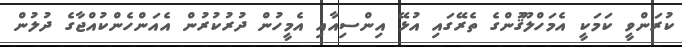
ކުރަންވީ ކަމަކީ އެމަހްލޫޤުންގެ ތެރޭގައި އުޅޭ އިންސިއާއި އެމީހުން ދުރުކުރުން އެއަންހެންކުއްޖާގެ ދުލުން